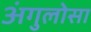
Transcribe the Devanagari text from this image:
अंगुलोसा